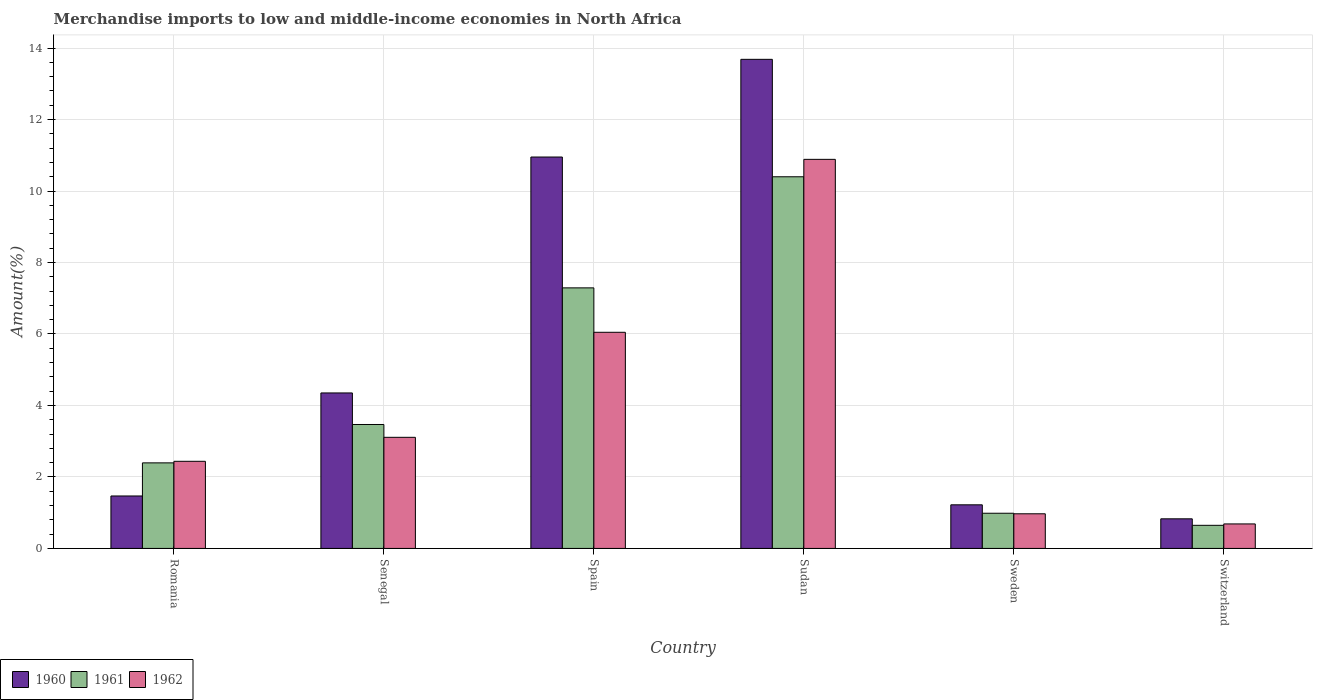
| Country | 1960 | 1961 | 1962 |
 | --- | --- | --- | --- |
 | Romania | 1.47 | 2.39 | 2.44 |
 | Senegal | 4.35 | 3.47 | 3.11 |
 | Spain | 11 | 7.29 | 6.05 |
 | Sudan | 13.7 | 10.4 | 10.9 |
 | Sweden | 1.22 | 0.985 | 0.969 |
 | Switzerland | 0.828 | 0.647 | 0.686 |